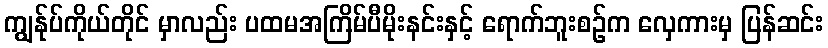
ကျွန်ုပ်ကိုယ်တိုင် မှာလည်း ပထမအကြိမ်ပီမိုးနင်းနှင့် ရောက်ဘူးစဉ်က လှေကားမှ ပြန်ဆင်း